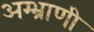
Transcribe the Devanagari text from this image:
अम्भ्राणी